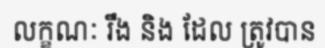
លក្ខណៈ រឹង និង ដែល ត្រូវបាន